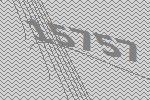
15757